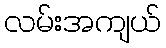
လမ်းအကျယ်